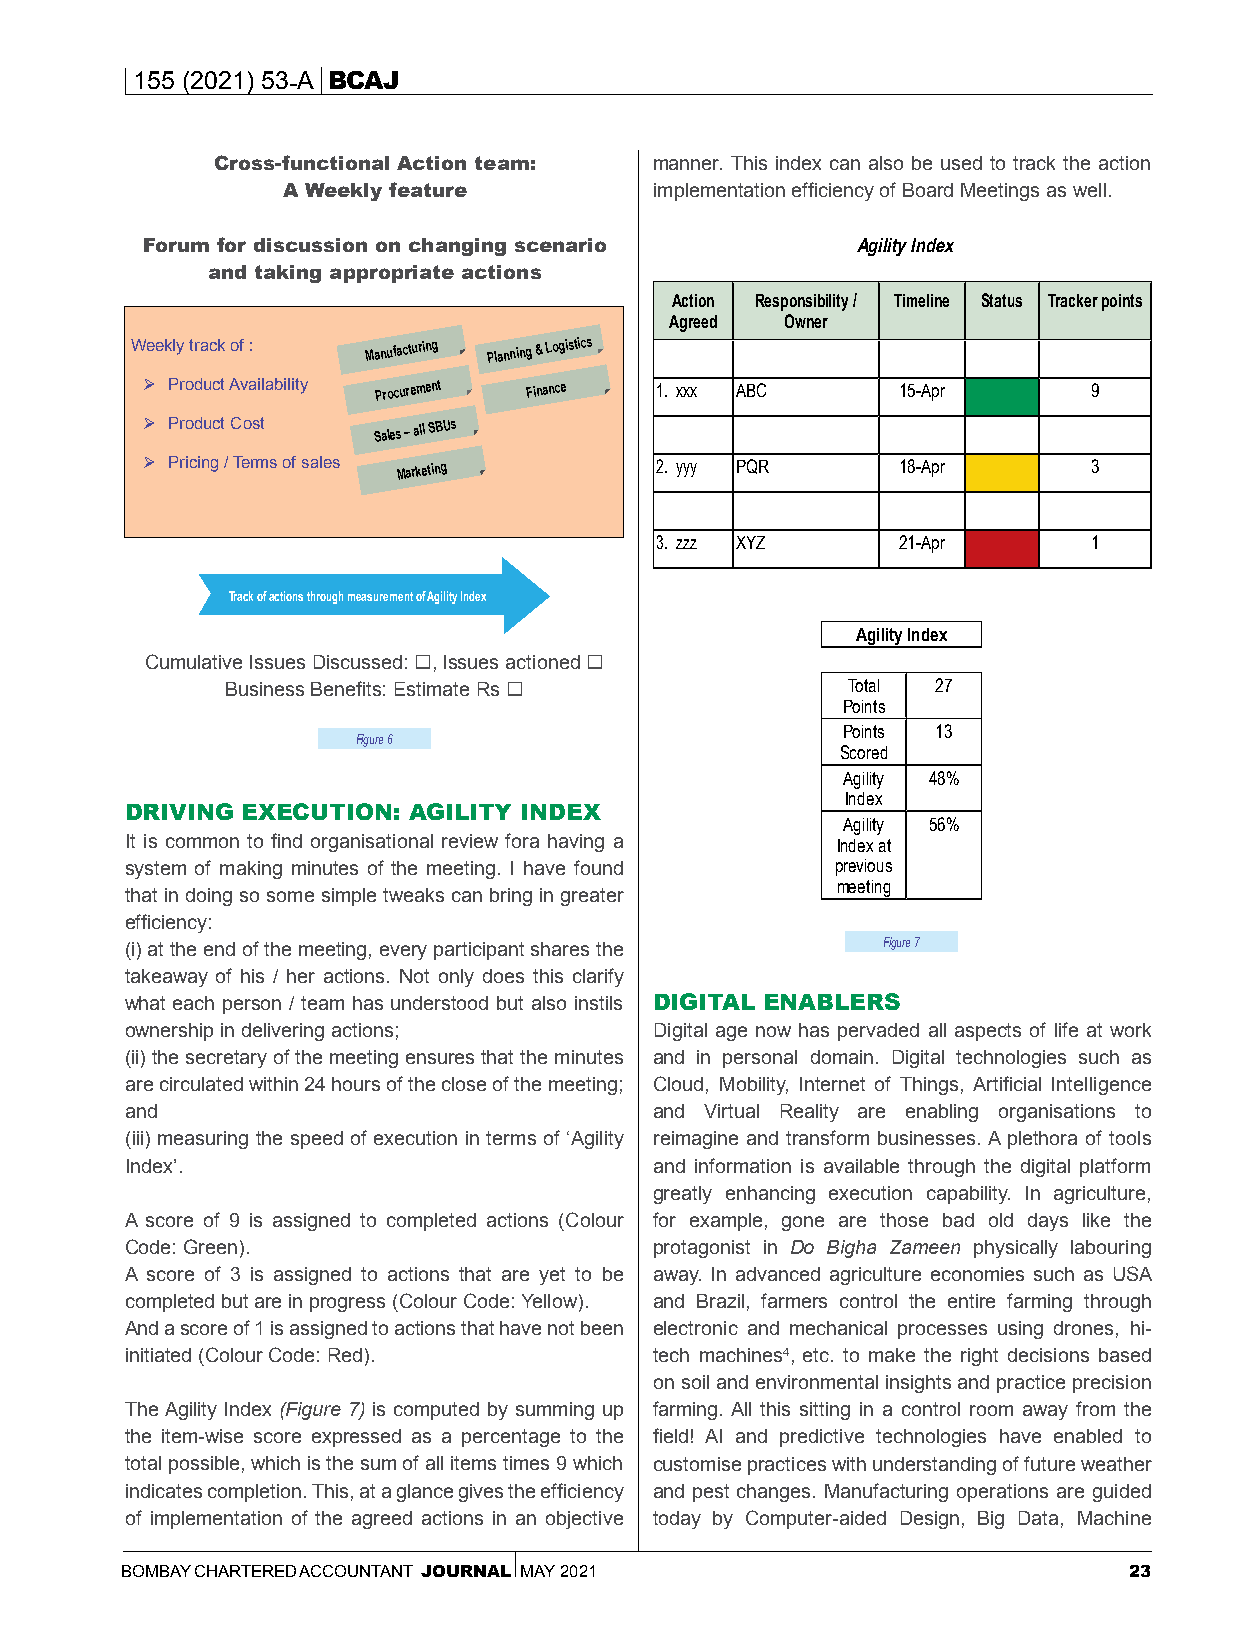
155 (2021) 53-A BCAJ
 Cross-functional Action team: manner. This index can also be used to track the action
 A Weekly feature        implementation efficiency of Board Meetings as well.
 Forum for discussion on changing scenario       Agility Index
 and taking appropriate actions
 Action Responsibility / Timeline Status Tracker points
 Agreed  Owner
 Weekly track of : Manufacturing Planning & Logistics
  Product Availability Procurement Finance 1. xxx ABC 15-Apr   9
  Product Cost  Sales – all SBUs
  Pricing / Terms of sales Marketing 2. yyy PQR    18-Apr      3
 3. zzz XYZ       21-Apr      1
 Track of actions through measurement of Agility Index
 Agility Index
 Cumulative Issues Discussed: , Issues actioned 
 Business Benefits: Estimate Rs          Total 27
 Points
 Points 13
 Figure 6
 Scored
 Agility 48%
 Index
 DRIVING EXECUTION: AGILITY INDEX
 Agility 56%
 It is common to find organisational review fora having a Index at
 system of making minutes of the meeting. I have found previous
 meeting
 that in doing so some simple tweaks can bring in greater
 efficiency:
 (i) at the end of the meeting, every participant shares the Figure 7
 takeaway of his / her actions. Not only does this clarify
 what each person / team has understood but also instils DIGITAL ENABLERS
 ownership in delivering actions;   Digital age now has pervaded all aspects of life at work
 (ii) the secretary of the meeting ensures that the minutes and in personal domain. Digital technologies such as
 are circulated within 24 hours of the close of the meeting; Cloud, Mobility, Internet of Things, Artificial Intelligence
 and                                and Virtual Reality are enabling organisations to
 (iii) measuring the speed of execution in terms of ‘Agility reimagine and transform businesses. A plethora of tools
 Index’.                            and information is available through the digital platform
 greatly enhancing execution capability. In agriculture,
 A score of 9 is assigned to completed actions (Colour for example, gone are those bad old days like the
 Code: Green).                      protagonist in Do Bigha Zameen physically labouring
 A score of 3 is assigned to actions that are yet to be away. In advanced agriculture economies such as USA
 completed but are in progress (Colour Code: Yellow). and Brazil, farmers control the entire farming through
 And a score of 1 is assigned to actions that have not been electronic and mechanical processes using drones, hi-
 initiated (Colour Code: Red).      tech machines4, etc. to make the right decisions based
 on soil and environmental insights and practice precision
 The Agility Index (Figure 7) is computed by summing up farming. All this sitting in a control room away from the
 the item-wise score expressed as a percentage to the field! AI and predictive technologies have enabled to
 total possible, which is the sum of all items times 9 which customise practices with understanding of future weather
 indicates completion. This, at a glance gives the efficiency and pest changes. Manufacturing operations are guided
 of implementation of the agreed actions in an objective today by Computer-aided Design, Big Data, Machine
 BOMBAY CHARTERED ACCOUNTANT JOURNAL MAY 2021                       23